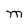
Character: M